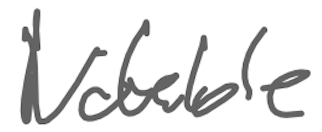
Text: Notable
Cross-out: clean
Writing tool: digital_gray